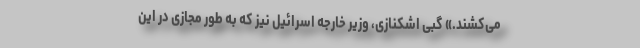
می‌کشند.» گبی اشکنازی، وزیر خارجه اسرائیل نیز که به طور مجازی در این